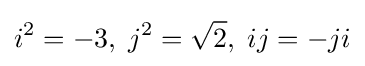
i^{2}=-3,\;j^{2}={\sqrt {2}},\;ij=-ji